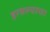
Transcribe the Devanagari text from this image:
हरवल्याचा